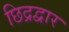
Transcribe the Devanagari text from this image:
छिद्रद्वार